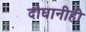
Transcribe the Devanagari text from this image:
दोघानीही